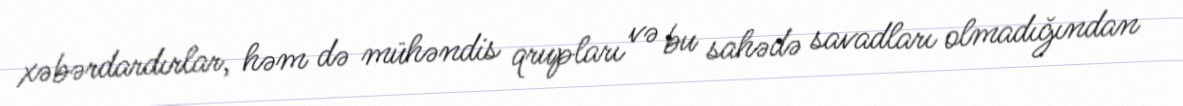
xəbərdardırlar, həm də mühəndis qrupları və bu sahədə savadları olmadığından